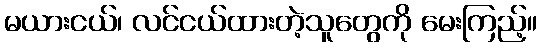
မယားငယ်၊ လင်ငယ်ထားတဲ့သူတွေကို မေးကြည့်။